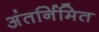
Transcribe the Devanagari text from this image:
अंतर्निमित